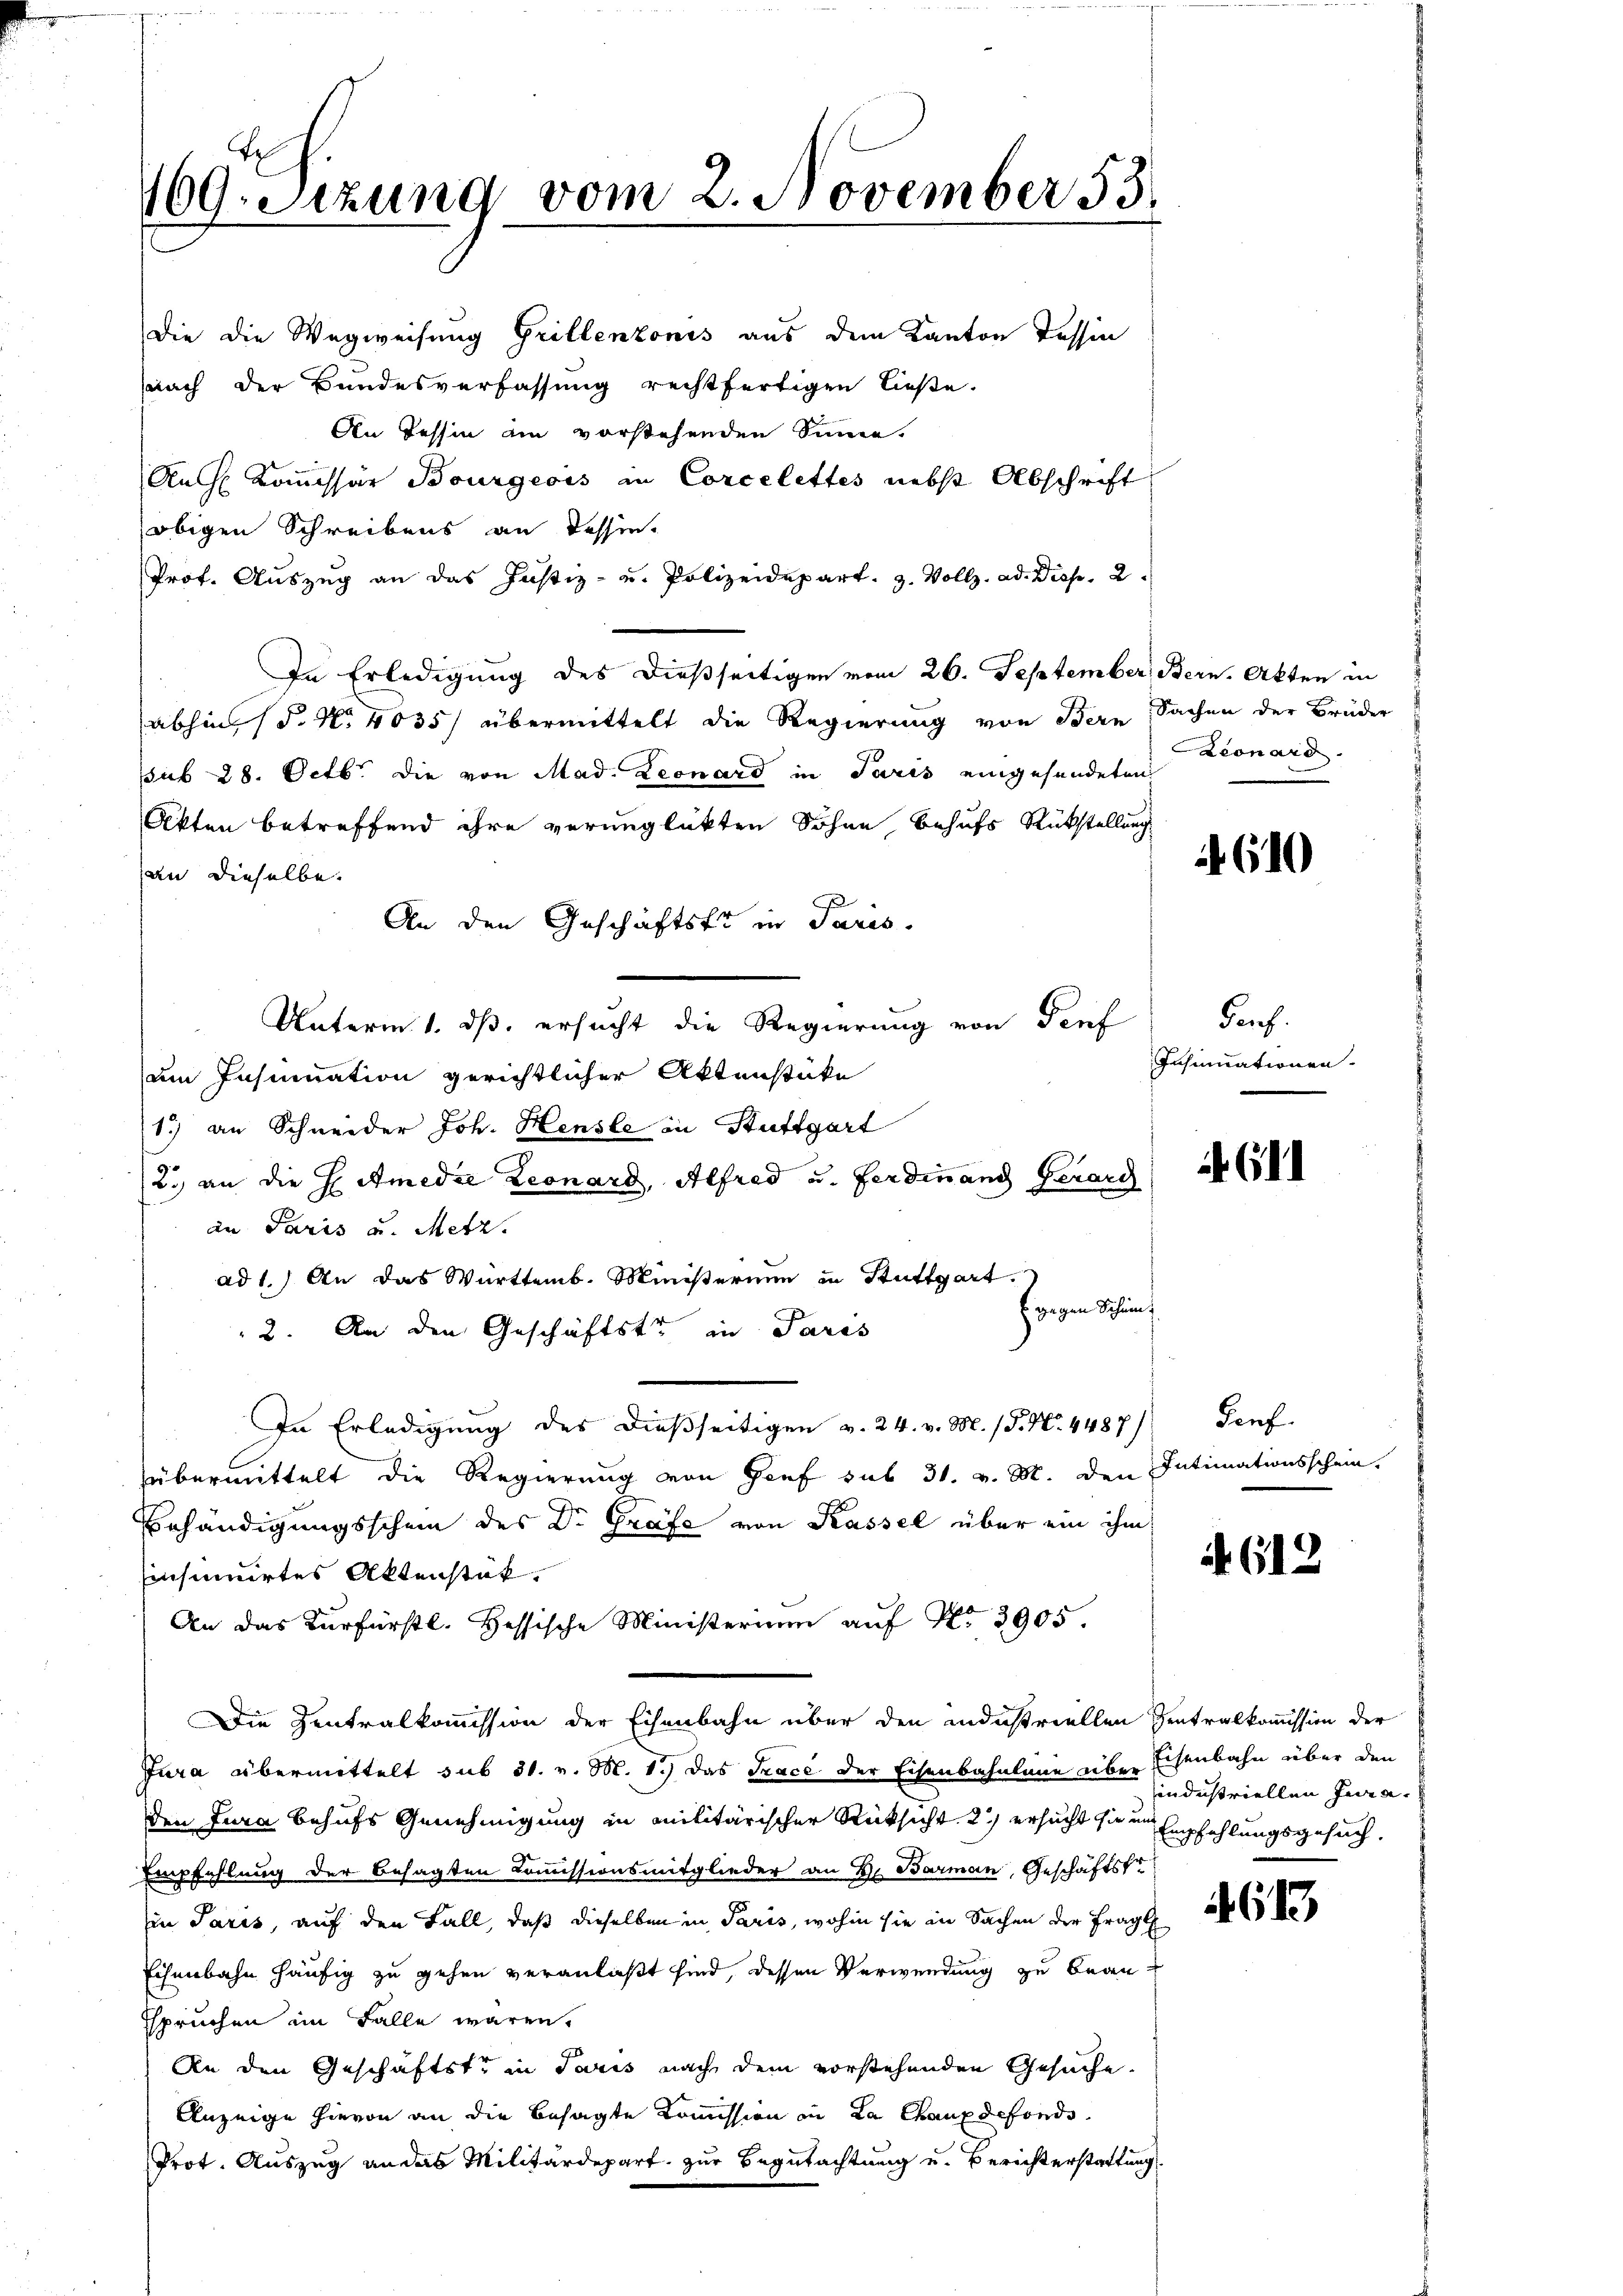
169. Sitzung vom 2. November 53.

Die die Wegweisung Grillenzonis aus dem Kanton Tessin
nach der Bundesverfassung rechtfertigen ließe.
An Tessin am vorstehenden Sinne.
Auch Kommissär Bourgeois in Corcelettes nebst Abschrift
obigen Schreibens an dessin
Prof. Aŭszŭg an das Justiz- u. Polizeidepart. 3. Vollz. ad. Disp. 2.
In Erledigung des dießseitigen vom 26. September, Bern. Akten in
abhin (§. N. 4035/ übermittelt die Regierung von Bern Sachen der Brüder
pub 28. Octbr. die von Mad. Leonard in Paris eingesundeten
Akten betreffend ihre verunglükten Söhne, behufs Rückstellung
an dieselbe.
An den Geschäftsfr in Paris.
Unterm 1. ds. ersucht die Regierung von Perf
um Insinuation gerichtlicher Aktenstüke
1.) an Schneider Joh. Heusle in Stuttgart
2. an die Homedie Leonard, Alfred u. Ferdinand Gerard
an Paris u. Metz.
ad 1.) An das Württemb. Ministernen in Stuttgart
E gegen Scheint
2. An den Geschäftster in Paris
In Erledigung des dießseitigen v. 24. v. M. P. Nr. 4487)
übermittelt die Regierung von Genf sub 31. v. M. den Intimationsschein.
Erhändigungsschein des Dr. Grafe von Kassel über ein ihm
Einsinuirtes Aktenstük,
An das Kurfürstl. Hessische Ministerium auf No 3905.
Die Zentralkommission der Eisenbahn über den industriellen Zentralkommission der
Jura übermittelt sub 31. v. M. 1.) Das Trace der Eisenbahnlaue über
den Jura behufs Genehmigung in militärischer Rücksicht 2 ersucht sie in Empfehlungsgesuch,
Empfehlung der besagten Commissionsmitglieder an H. Barmann, Geschäftste
Ein Paris, auf den Fall, daß dieselben in Paris, wohin sie in Sachen der Frage
Eisenbahn häufig zu gehen veranlaßt sind, dessen Verwendung zu Bransspruchen im Falle waren.
An den Geschäftste in Juris nach dem vorstehenden Gesuche
Anzeige hievon an die besagte Kommission in La Chauxdefonds
Prot. Auszug an das Militärdepart zur Begutachtung u. Berichterstattung

aconard

2610

Sanf
Insinuationen.

if. 611

Genf

A 612

Eisenbahn über den
industriellen Jura.

613